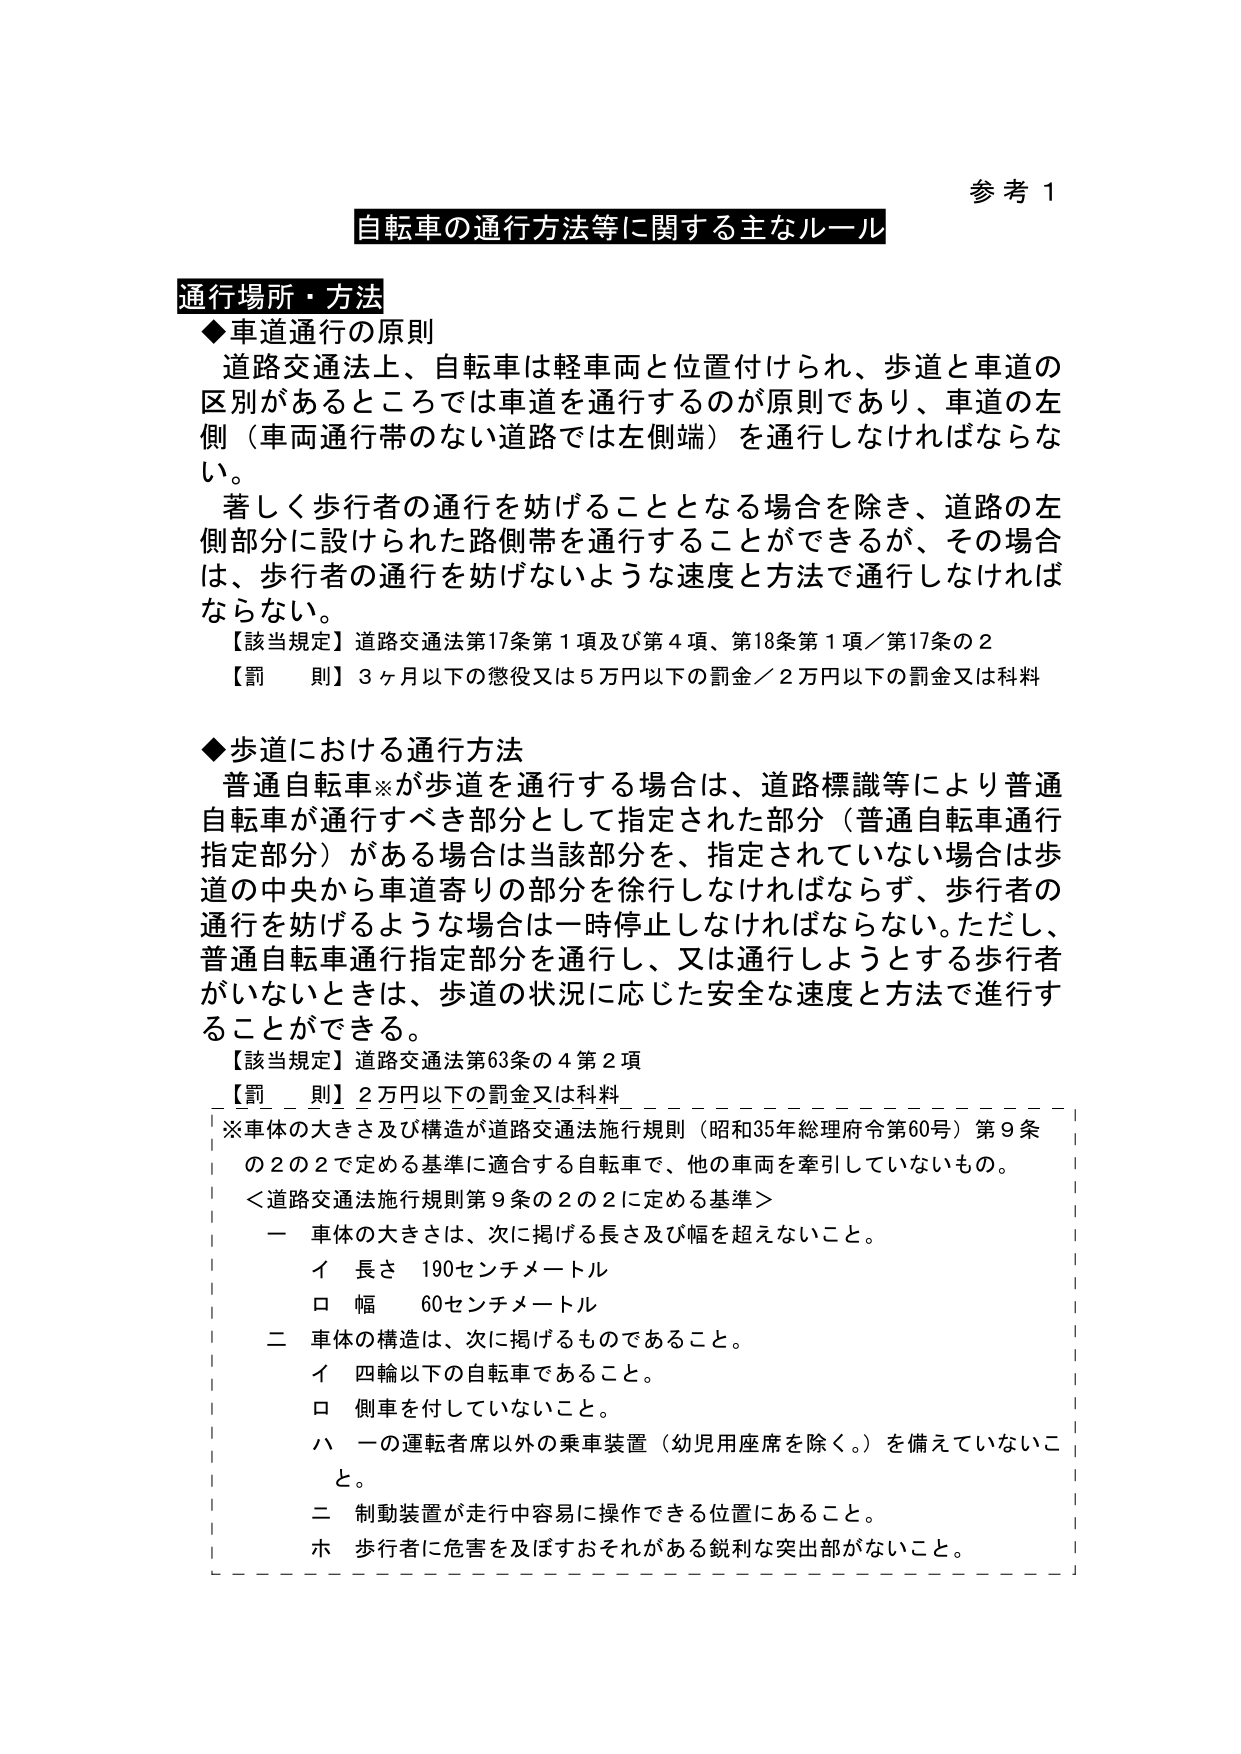
参考１

自転車の通行方法等に関する主なルール

通行場所・方法

◆車道通行の原則
道路交通法上、自転車は軽車両と位置付けられ、歩道と車道の区別があるところでは車道を通行するのが原則であり、車道の左側（車両通行帯のない道路では左側端）を通行しなければならない。
著しく歩行者の通行を妨げることとなる場合を除き、道路の左側部分に設けられた路側帯を通行することができるが、その場合は、歩行者の通行を妨げないような速度と方法で通行しなければならない。
【該当規定】道路交通法第17条第1項及び第4項、第18条第1項／第17条の2
【罰　則】3ヶ月以下の懲役又は5万円以下の罰金／2万円以下の罰金又は科料

◆歩道における通行方法
普通自転車※が歩道を通行する場合は、道路標識等により普通自転車が通行すべき部分として指定された部分（普通自転車通行指定部分）がある場合は当該部分を、指定されていない場合は歩道の中央から車道寄りの部分を徐行しなければならず、歩行者の通行を妨げるような場合は一時停止しなければならない。ただし、普通自転車通行指定部分を通行し、又は通行しようとする歩行者がいないときは、歩道の状況に応じた安全な速度と方法で進行することができる。
【該当規定】道路交通法第63条の4第2項
【罰　則】2万円以下の罰金又は科料
※車体の大きさ及び構造が道路交通法施行規則（昭和35年総理府令第60号）第9条の2の2で定める基準に適合する自転車で、他の車両を牽引していないもの。
＜道路交通法施行規則第9条の2の2に定める基準＞
　一　車体の大きさは、次に掲げる長さ及び幅を超えないこと。
　　　イ　長さ　190センチメートル
　　　ロ　幅　　60センチメートル
　二　車体の構造は、次に掲げるものであること。
　　　イ　四輪以下の自転車であること。
　　　ロ　側車を付していないこと。
　　　ハ　一の運転者席以外の乗車装置（幼児用座席を除く。）を備えていないこと。
　二　制動装置が走行中容易に操作できる位置にあること。
　ホ　歩行者に危害を及ぼすおそれがある鋭利な突出部がないこと。